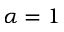
\alpha = 1